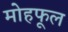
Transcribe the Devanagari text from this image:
मोहफूल